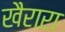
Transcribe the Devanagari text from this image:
खैरारा